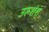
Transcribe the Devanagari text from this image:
उरुशंश